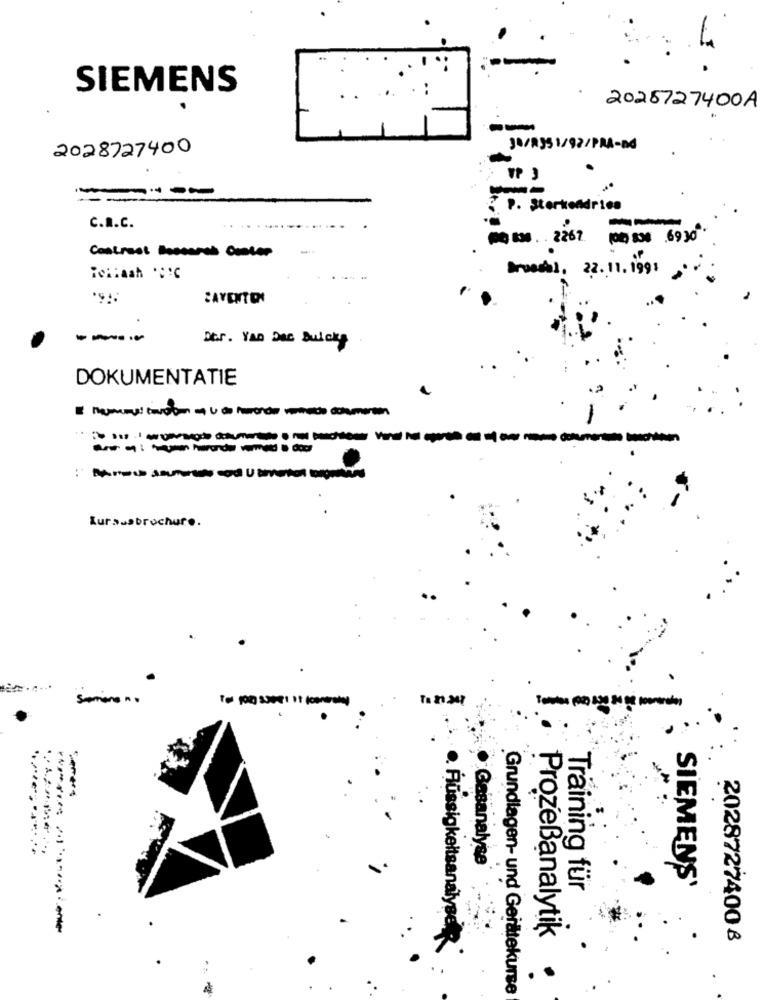
SIEMENS
2025727400A
2028727400
31/8351/92/PRA-nd
1
----
. P. Sterkondrico
C.R.C.
--
PQ 134 . 2267 196 831 .6930
Contrast tosearch Center
Broodal. 22. 11. 1991
CAYENTEN
---
Dt.s. YAo DAG Bulcky
DOKUMENTATIE
anna i have hearda vermed o cod
-
Kursusbrochure.
semana no
To for sse9! if (central)
...
Gasanalyse
SIEMENS'
Training für
Flüssigkeitsanalyse
Prozeßanalytik
2028727400 8
Grundlagen- und Gerätekurse